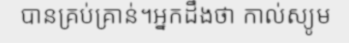
បានគ្រប់គ្រាន់។អ្នកដឹងថា កាល់ស្យូម